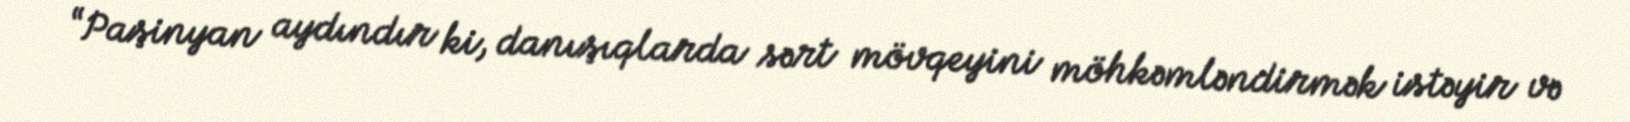
“Paşinyan aydındır ki, danışıqlarda sərt mövqeyini möhkəmləndirmək istəyir və